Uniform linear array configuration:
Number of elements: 4
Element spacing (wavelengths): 0.75
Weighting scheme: uniform
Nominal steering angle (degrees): -30
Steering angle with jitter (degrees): -30.528
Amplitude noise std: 0.05
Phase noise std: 0.05

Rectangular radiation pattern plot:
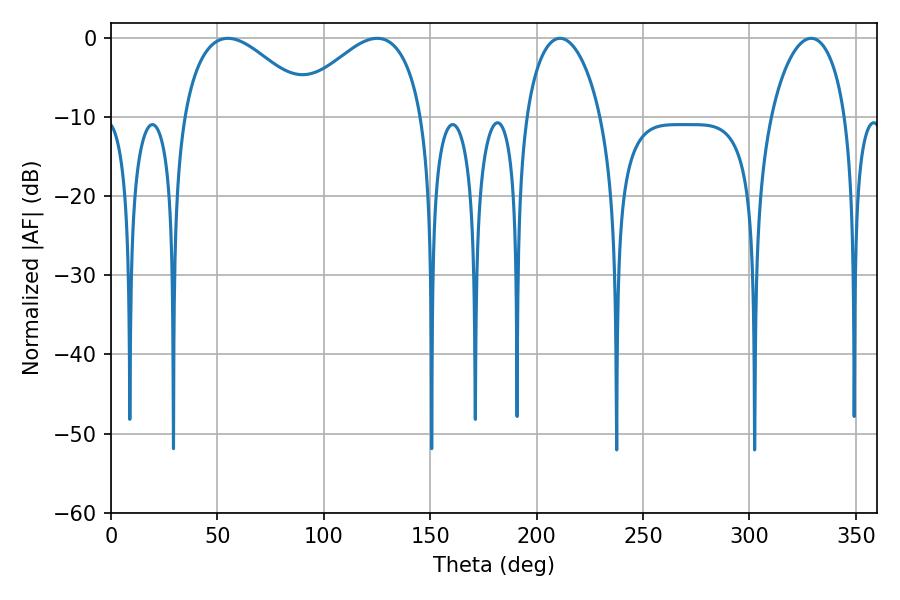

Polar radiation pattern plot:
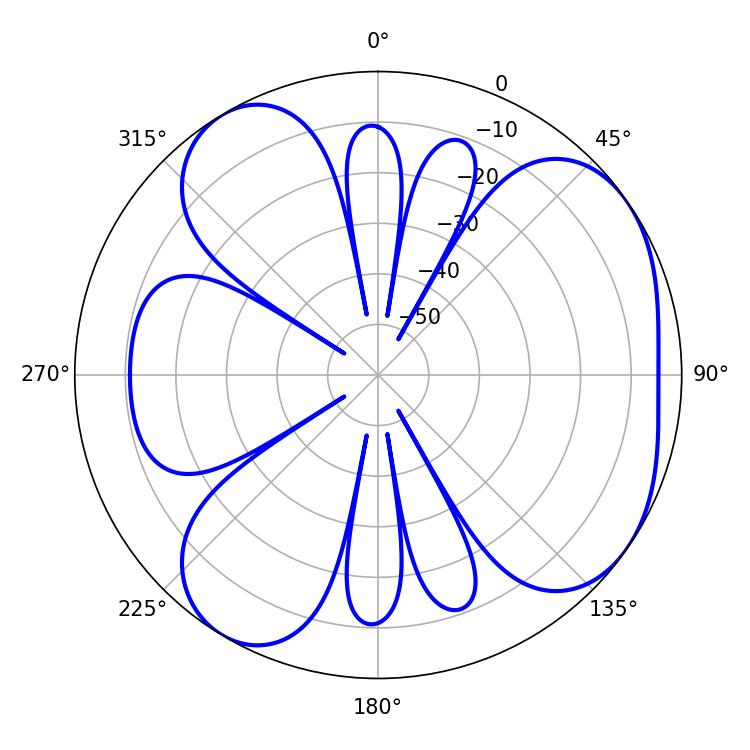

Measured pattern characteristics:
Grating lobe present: TRUE
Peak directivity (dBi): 5.247
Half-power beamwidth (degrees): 33.66
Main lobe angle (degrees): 54.9